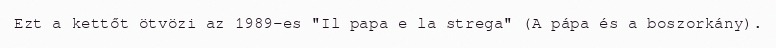
Ezt a kettőt ötvözi az 1989-es "Il papa e la strega" (A pápa és a boszorkány).